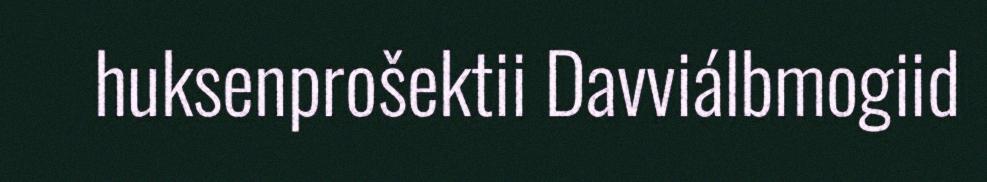
huksenprošektii Davviálbmogiid